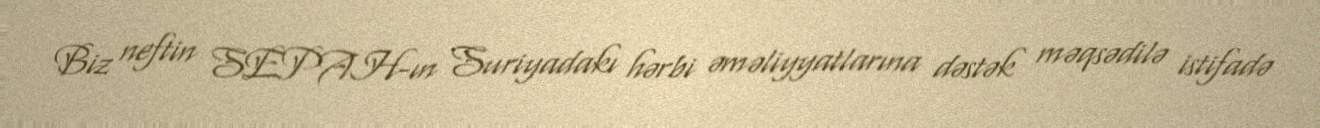
Biz neftin SEPAH-ın Suriyadakı hərbi əməliyyatlarına dəstək məqsədilə istifadə